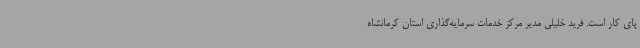
پای کار است. فرید خلیلی مدیر مرکز خدمات سرمایه‌گذاری استان کرمانشاه